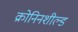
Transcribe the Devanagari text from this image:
क्रोनिनशील्ड